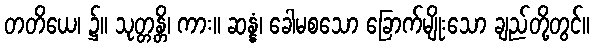
တတိယေ၊ ၌။ သုတ္တန္တိ၊ ကား။ ဆန္နံ၊ ခေါမစသော ခြောက်မျိုးသော ချည်တို့တွင်။